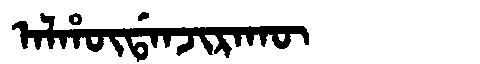
Manchu: ᠠᠯᡥᡡᡩᠠᠨᠵᡳᡵᠠᡴᡡ
Romanization: ALHŪDANJIRAKŪ